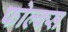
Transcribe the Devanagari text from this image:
फोल्क्स